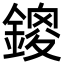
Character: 鎫